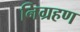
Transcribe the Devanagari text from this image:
निग्रहण